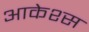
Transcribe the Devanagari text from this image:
आकेश्स